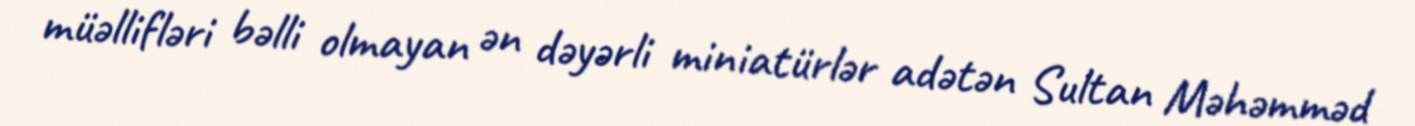
müəllifləri bəlli olmayan ən dəyərli miniatürlər adətən Sultan Məhəmməd